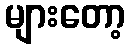
များတော့